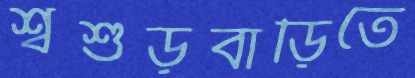
শ্বশুড়বাড়িতে